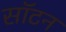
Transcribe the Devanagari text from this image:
सॉटन